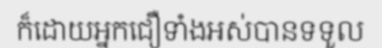
ក៏ដោយអ្នកជឿទាំងអស់បានទទួល